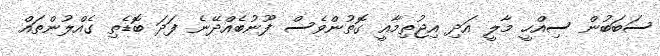
ސަބަބުން ސިއްހީ މާލީ އަދި އިޖުތިމާއީ ގޮތުންވެސް ފޫނުބެއްދޭނެ ފަދަ ބޮޑެތި ގެއްލުންތައް